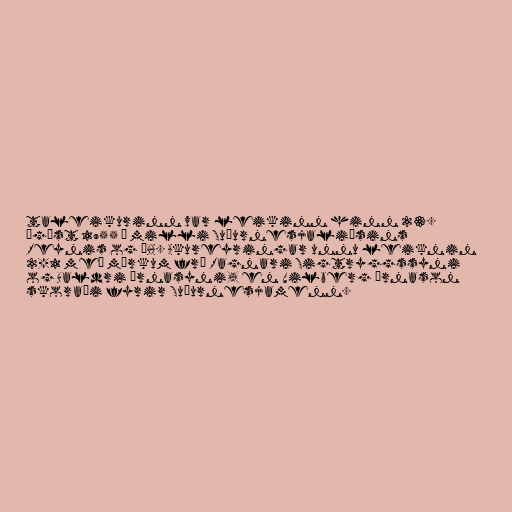
taleikurinn var leikinn hinn 23.
ágúst 1955 á milli Suðurnesjaliðsins
Reynis og ÍBA. Akureyringar unnu leiknin
2-1 með mörkum frá Ragnari Sigtryggssyni
og Baldri Árnasyni, en Vilberg Árnason
skoraði fyrir Suðurnesjamenn.